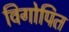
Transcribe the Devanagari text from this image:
विगोपित